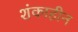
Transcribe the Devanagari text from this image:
शंकाहीन